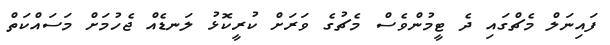
ފައިނަލް މެޗްގައި ދެ ޓީމުންވެސް މެޗުގެ ވަރަށް ކުރީކޮޅު ލަނޑެއް ޖެހުމަށް މަސައްކަތް